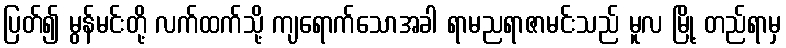
ပြတ်၍ မွန်မင်းတို့ လက်ထက်သို့ ကျရောက်သောအခါ ရာမညရာဇာမင်းသည် မူလ မြို့ တည်ရာမှ